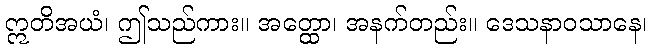
ဣတိအယံ၊ ဤသည်ကား။ အတ္ထော၊ အနက်တည်း။ ဒေသနာဝသာနေ၊